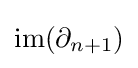
\mathrm {im} (\partial _{n+1})